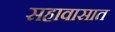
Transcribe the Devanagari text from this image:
सहावासात